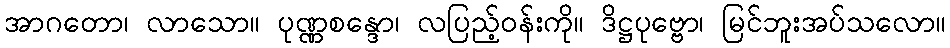
အာဂတော၊ လာသော။ ပုဏ္ဏစန္ဒော၊ လပြည့်ဝန်းကို။ ဒိဋ္ဌပုဗ္ဗော၊ မြင်ဘူးအပ်သလော။